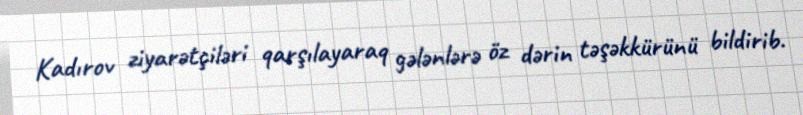
Kadırov ziyarətçiləri qarşılayaraq gələnlərə öz dərin təşəkkürünü bildirib.